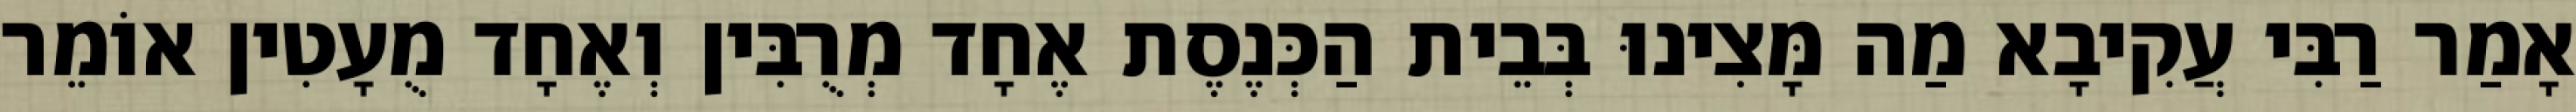
אָמַר רַבִּי עֲקִיבָא מַה מָּצִינוּ בְּבֵית הַכְּנֶסֶת אֶחָד מְרֻבִּין וְאֶחָד מֻעָטִין אוֹמֵר